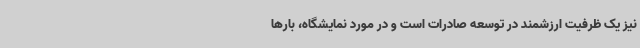
نیز یک ظرفیت ارزشمند در توسعه صادرات است و در مورد نمایشگاه، بارها